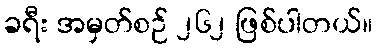
ခရီး အမှတ်စဉ် ၂၆၂ ဖြစ်ပါတယ်။